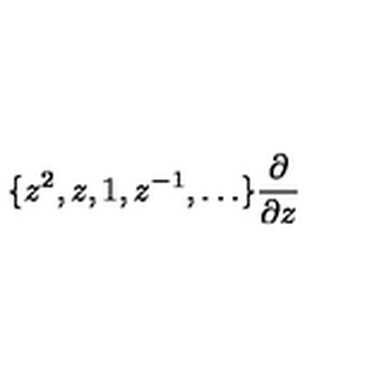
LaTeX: \{ z ^ { 2 } , z , 1 , z ^ { - 1 } , \ldots \} \frac { \partial } { \partial z }